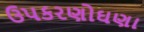
ઉપકરણોઘણા